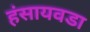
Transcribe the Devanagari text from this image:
हंसायवडा